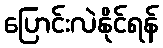
ပြောင်းလဲနိုင်ရန်